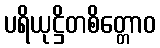
ပရိယုဋ္ဌိတစိတ္တောဝ